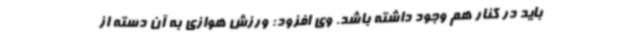
باید در کنار هم وجود داشته باشد. وی افزود: ورزش هوازی به آن دسته از